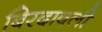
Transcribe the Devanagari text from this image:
बिरदावली